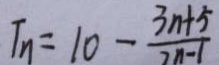
T _ { n } = 1 0 - \frac { 3 n + 5 } { 7 n - 1 }